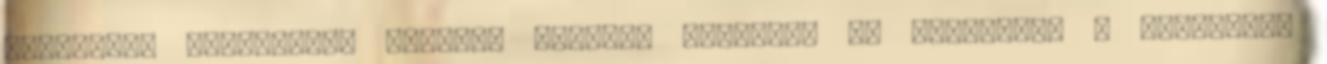
gyermekük született: István, Miklós, Paulette és Magdolna. A következő